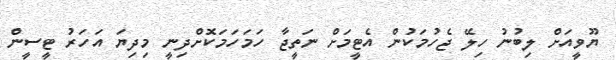
ޔޫވީއަށް ލިބުނު ހިލޭ ޖެހުމަކުން އެޓީމަށް ނަތީޖާ ހަމަހަމަކޮށްދިނީ މިދިޔަ އަހަރު ޓީސީން